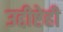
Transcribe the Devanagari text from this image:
उद्दीष्टेही